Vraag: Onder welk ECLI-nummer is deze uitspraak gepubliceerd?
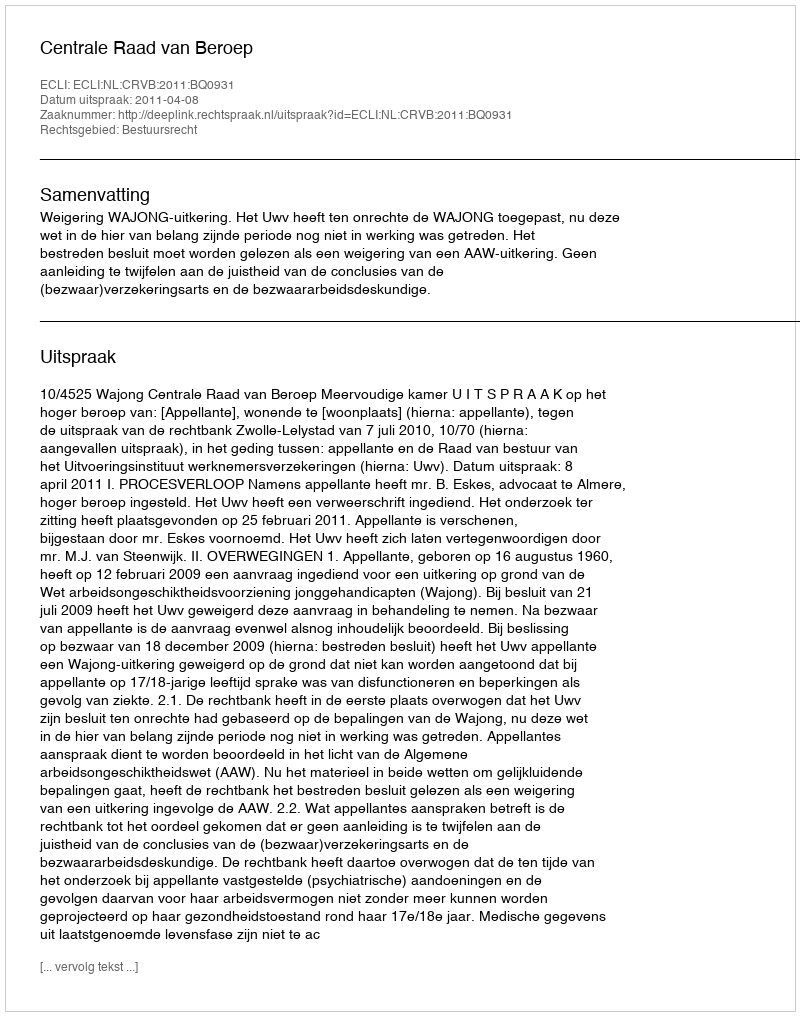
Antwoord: ECLI:NL:CRVB:2011:BQ0931